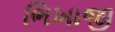
ભિખાજી